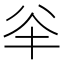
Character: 𠔎